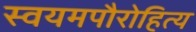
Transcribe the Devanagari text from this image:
स्वयमपौरोहित्य